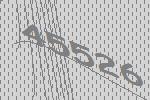
45526